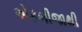
એકબીજાથી